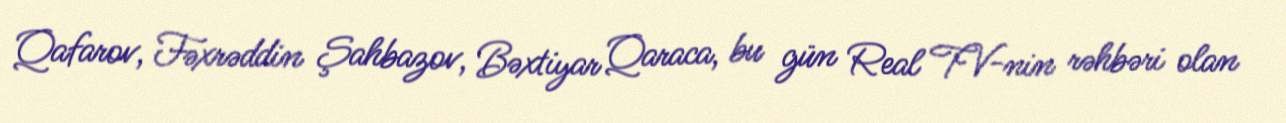
Qafarov, Fəxrəddin Şahbazov, Bəxtiyar Qaraca, bu gün Real TV-nin rəhbəri olan